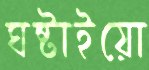
ঘষ্‌টাইয়ো